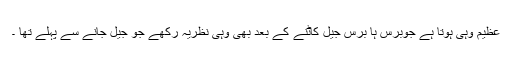
عظیم وہی ہوتا ہے جوبرس ہا برس جیل کاٹنے کے بعد بھی وہی نظریہ رکھے جو جیل جانے سے پہلے تھا ۔